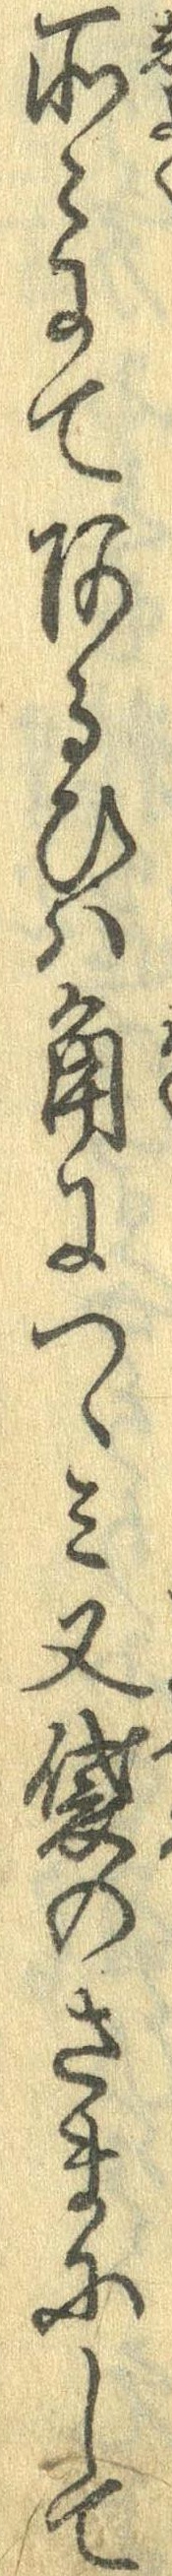
所々にてあるひは角につゝみ又袋のさまにして